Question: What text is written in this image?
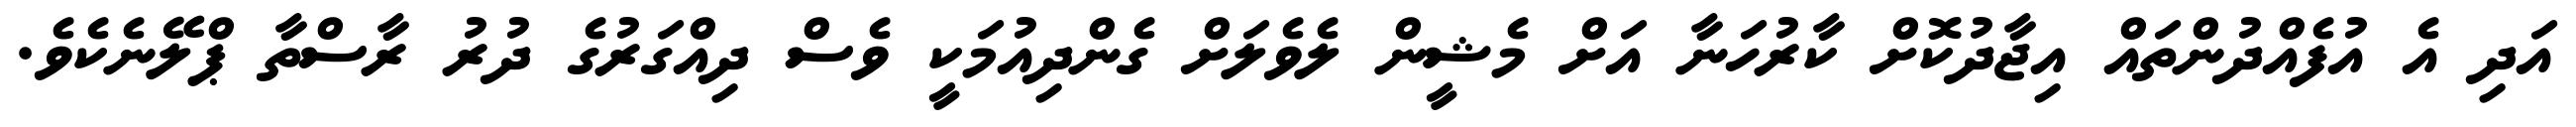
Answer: އަދި އެ އުފެއްދުންތައް އިޖާދުކޮށް ކާރުހަނާ އަށް މެޝީން ލެވެލަށް ގެންދިއުމަކީ ވެސް ދިއްގަރުގެ ދުރު ރާސްތާ ޕްލޭނެކެވެ.